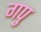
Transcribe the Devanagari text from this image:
गपु